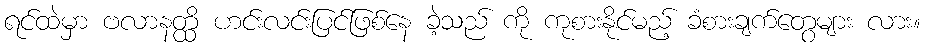
ရင်ထဲမှာ ဗလာနတ္ထိ ဟင်းလင်းပြင်ဖြစ်နေ ခဲ့သည် ကို ကုစားနိုင်မည့် ခံစားချက်တွေများ လား။